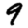
Digit: 9